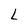
Character: L